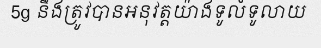
5g នឹងត្រូវបានអនុវត្តយ៉ាងទូលំទូលាយ